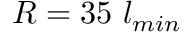
R = 3 5 ~ l _ { m i n }